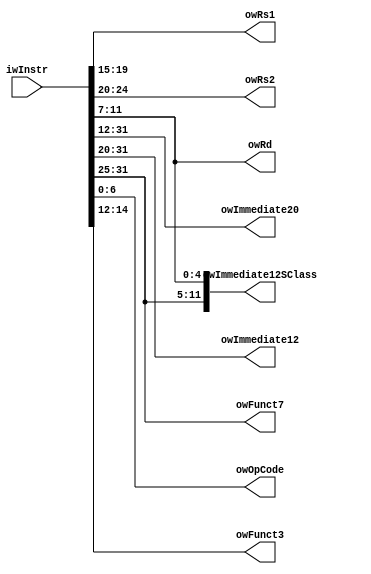
module instr_split_rv(
	input wire [31:0]iwInstr,

	output wire [4:0]owRs1,
	output wire [4:0]owRs2,
	output wire [4:0]owRd,

	output wire [19:0]owImmediate20,
	output wire [11:0]owImmediate12,
	output wire [11:0]owImmediate12SClass,

	output wire [6:0]owOpCode,
	output wire [2:0]owFunct3,
	output wire [6:0]owFunct7
);

assign owRs1 = iwInstr[19:15];
assign owRs2 = iwInstr[24:20];
assign owRd = iwInstr[11:7];
assign owImmediate20 = iwInstr[31:12];
assign owImmediate12 = iwInstr[31:20];
assign owImmediate12SClass = {iwInstr[31:25], iwInstr[11:7]};
assign owOpCode = iwInstr[6:0];
assign owFunct3 = iwInstr[14:12];
assign owFunct7 = iwInstr[31:25];

endmodule